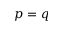
p = q